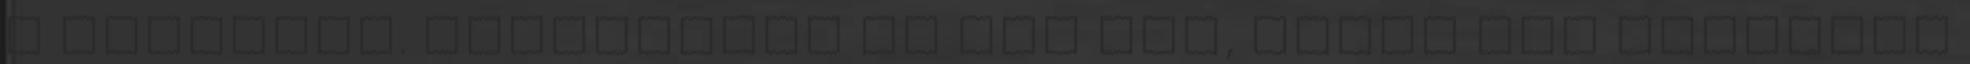
a dolgokat. Amennyiben az úgy áll, ahogy azt elmondta